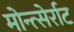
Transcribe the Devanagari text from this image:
मोन्त्सेर्राट